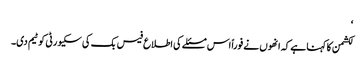
‘
لکشمن کا کہنا ہے کہ انھوں نے فوراً اس مسئلے کی اطلاع فیس بک کی سکیورٹی کو ٹیم دی۔